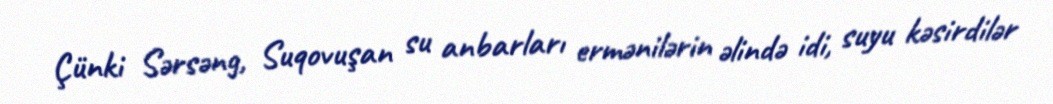
Çünki Sərsəng, Suqovuşan su anbarları ermənilərin əlində idi, suyu kəsirdilər